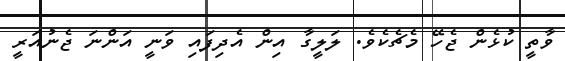
ވާތީ ކުޅެން ޖެހޭ މެޗެކެވެ. ލަލީގާ އިން އެދިފައި ވަނީ އަންނަ ޖެނުއަރީ